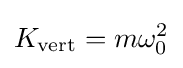
K_{\text{vert}}=m\omega _{\text{0}}^{2}